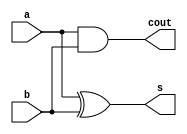
module HalfAdder (	input a,
					input b,
					output s,
					output cout);

	assign cout = (a & b);
	assign s = (a ^ b);
	
endmodule